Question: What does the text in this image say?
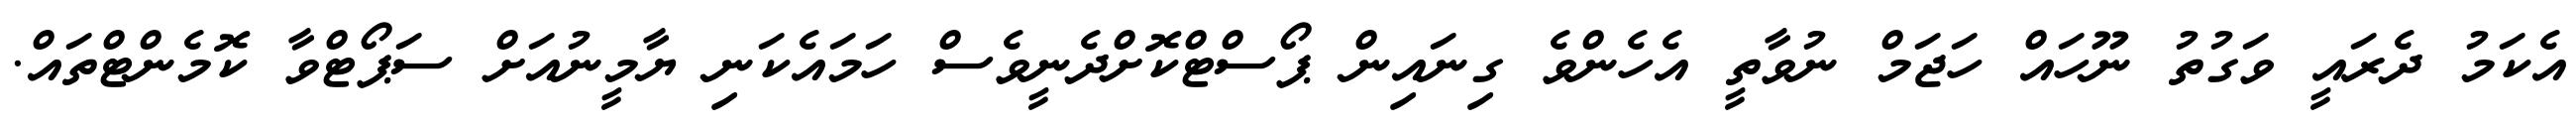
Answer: އެކަމު ދެރައީ ވަގުތު ނޫހައް ހަޖަމް ނުވާތީ އެހެންވެ ގިނައިން ޕޯސްޓްކޮށްދެނީވެސް ހަމައެކަނި ޔާމީނުއަށް ސަޕޯޓްވާ ކޮމެންޓްތައް.